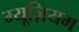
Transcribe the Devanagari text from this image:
म्‍यूज़ियम